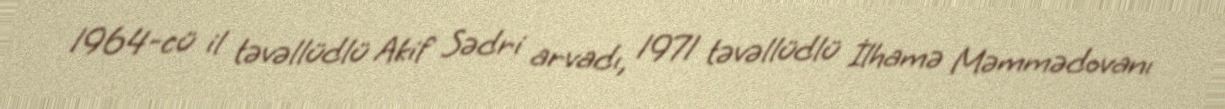
1964-cü il təvəllüdlü Akif Sədri arvadı, 1971 təvəllüdlü İlhamə Məmmədovanı